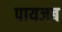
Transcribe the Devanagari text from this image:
पायजब